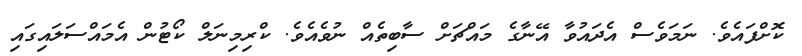
ކޮށްފައެވެ. ނަމަވެސް އެދައުވާ އޭނާގެ މައްޗަށް ސާބިތެއް ނުވެއެވެ. ކްރިމިނަލް ކޯޓުން އެމައްސަލައިގައި